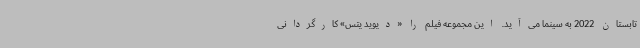
تابستان 2022 به سینما می‌آید. این مجموعه فیلم را «دیوید یتس» کارگردانی